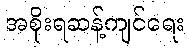
အစိုးရဆန့်ကျင်ရေး